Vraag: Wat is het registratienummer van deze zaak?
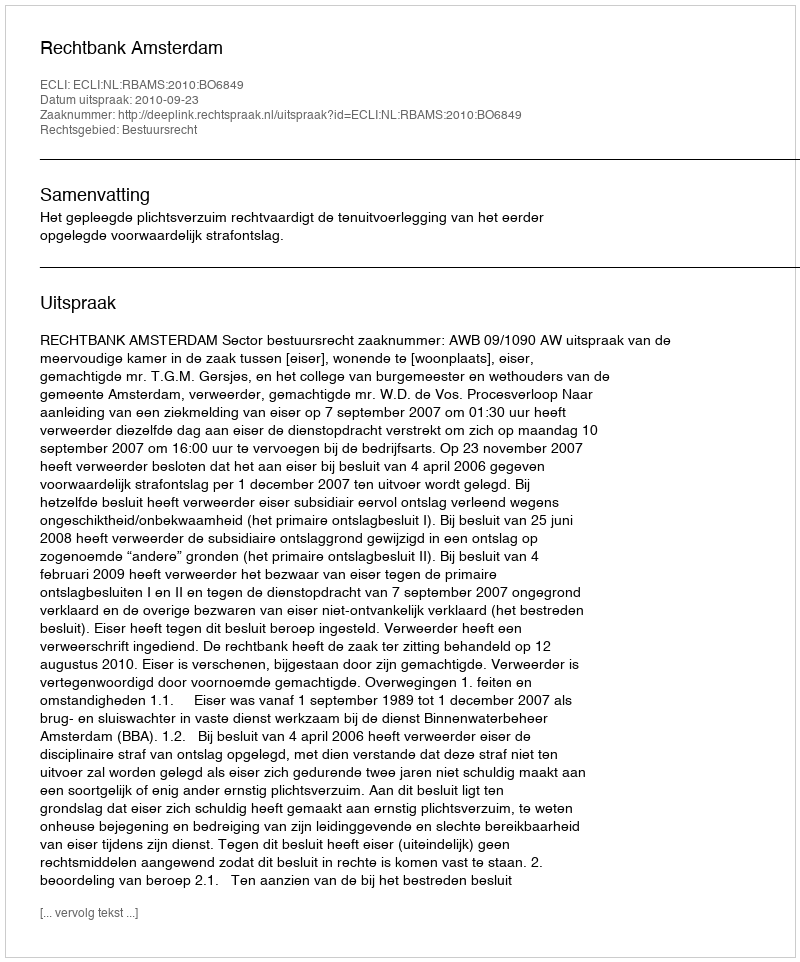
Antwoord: http://deeplink.rechtspraak.nl/uitspraak?id=ECLI:NL:RBAMS:2010:BO6849